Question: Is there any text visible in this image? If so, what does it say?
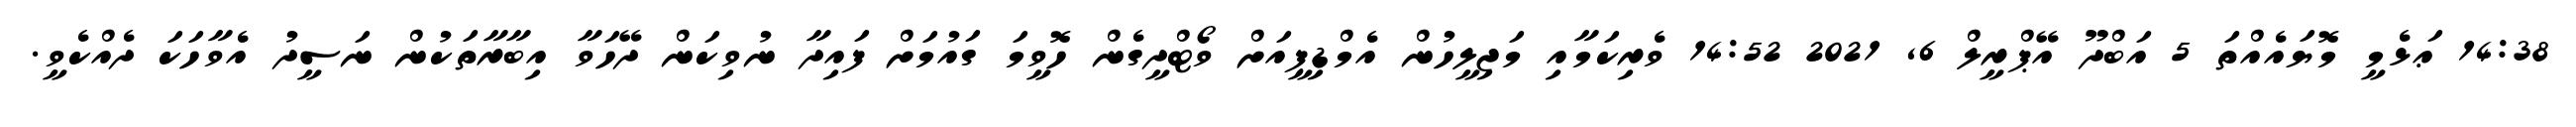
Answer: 14:38 ޢަޅެމީ މޮޔައެއްތަ 5 އަބްދޫ އޭޕްރީލް 6, 2021 14:52 ވެރިކަމާއި މަޖިލީހުން އެމްޑިޕީއަށް ވޯޓްދީގެން ހޮވީމަ ގައުމަށް ފައިދާ ނުވިކަން ދޭހަވާ އިބާރާތަކުން ނަސީދު އެވާހަކަ ދެއްކެވީ.